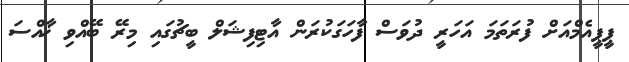
ޕީޕީއެމްއަށް ފުރަތަމަ އަހަރީ ދުވަސް ފާހަގަކުރަން އާޓިފިޝަލް ބީޗުގައި މިރޭ ބޭއްވި ޚާއްސަ